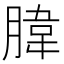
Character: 𦝛